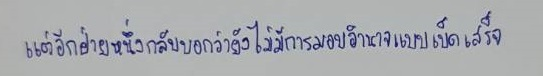
แต่อีกฝ่ายหนึ่งกลับบอกว่ายังไม่มีการมอบอำนาจแบบเบ็ดเสร็จ